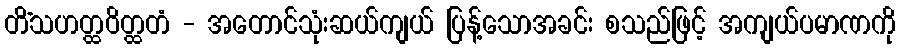
တိံသဟတ္ထဝိတ္ထတံ - အတောင်သုံးဆယ်ကျယ် ပြန့်သောအခင်း စသည်ဖြင့် အကျယ်ပမာဏကို